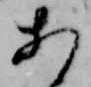
あ